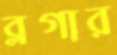
ব্লগার